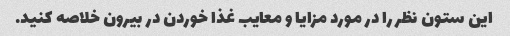
این ستون نظر را در مورد مزایا و معایب غذا خوردن در بیرون خلاصه کنید.